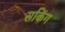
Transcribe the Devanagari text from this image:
सकिंग